Leaving Certificate, 1899
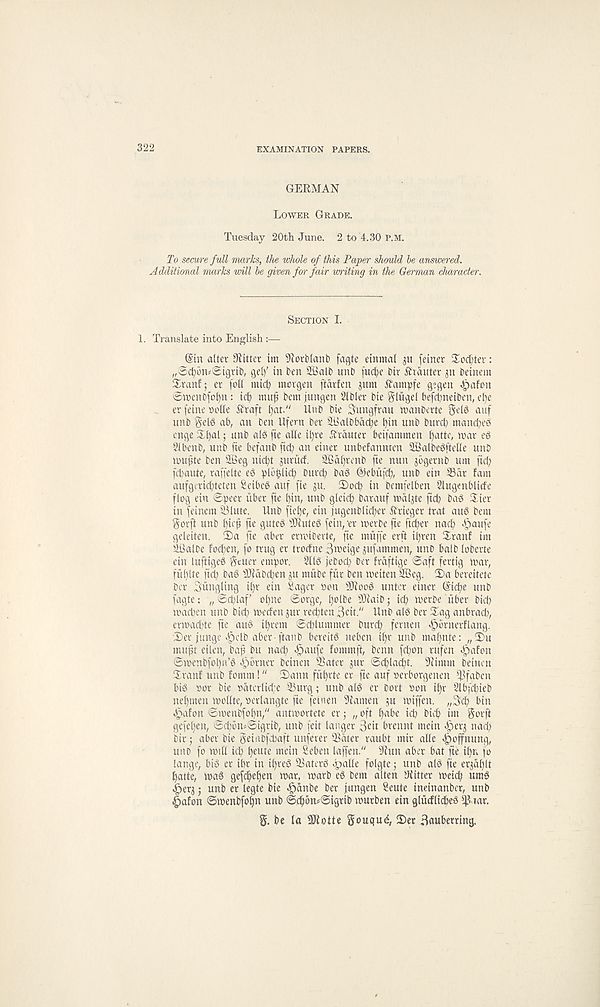
322
EXAMINATION PAPERS.
GERMAN
LOWER GRADE.
Tuesday 20th June. 2 to 4.30 P.M.
To secure full marks, the whole of this Paper should be answered.
Additional marks will be given for fair writing in the German character.
SECTION I.
1. Translate into English :—
(Sin alter fitter tm 9torblanb fagte etnmal ju fetner Softer:
„@cfyihR@tgrib, gel)' in ben SSalb unb fucfye bir ibiduter jn beinem
3^ranf; er foil mid) morgen ftdrfen jum ifampfe gegen «§afon
©menbfo^n: id) muf bem jungen Slbler bie Sditgel befct)neiben, el)e
er feine nolle ftraft l)at." Uub bie Jungfrau manbcrte gel6 auf
unb §el6 ab, an ben Ufem ber SBalbbactye f)in unb burcb mancfyeS
enge S^al; unb al^ fie alle il)re Rrduter beifammen Ifatte, mar eg
Slbenb, unb fie befanb fi(^ an einer unbelannten 2Balbegftelle unb
mupte ben 2Beg nid)t jurud. 2Sdl)renb fie nun jbgernb urn fid)
fd)aute, raffelte eS plo^lid) bur^ bag @ebufd), unb ein SSdr fam
aufgerid^teten Seibeg auf fie $u. 3)ocb in bemfelben Slugenblicfe
flog ein ©peer liber fie pin, unb gleicf) barauf mdl^te fid) bag Xier
in feinem 33lute. Unb fiel)e, ein )ugenblid)er ftrieget trat aug bem
gorft unb £)ie^ fie guteg ^Jiuteg fein, 'er merbe fie ficper nad) «§aufe
geleiten. 2)a fie aber erroiberte, fie muffe erft ipren Xranf im
iGalbe fodpen, fo trug er trotfne
jufammen, unb balb loberte
ein luftigeg ^tuer empor. Sllg jebod) ber frdftige ©aft fertig mar,
fut)lfe fid) bag s Jlldbcben ju mube fur ben meiten 2Beg. IDa bereitete
ber bungling il)r ein Sager non s Dioog unter einer (Sicpe unb
fagte: „ ©d)laf offne ©orge, l)olbe )9iaib,• icp merbe iiber bid)
macben unb bid) med'en ^ur recpten S^it." Unb alg ber JXag anbrad),
ermadfte fie aug i^rem ©cplummer burcp fernen ^brnerflang.
©er junge e^elb aber -ftanb bereitg neben if)r unb ma^nte: „©u
outfit eilen, baf bu nad) <£)aufe fommft, benn fdion rufen «£>afon
©menbfoljn’g Corner beinen 95 a ter jur ©t^ladsi. 9iimm beiuen
©ranf unb fomm! “ ©ann fiifjrte er fie auf nerborgenen ^fgben
big nor bie ndterlid;e 93urg; unb alg er bort non it)r Slbicpieb
ne^men mollte, nerlangte fie fetnen 9iamen $u miffen.
bin
^afon ©menbfopn," antmortete er; „ oft l)abe icp bicb im gorft
gefef)en, ©d)btu©igribr unb feit langer
brennt mein <g)eq nad)
bir; aber bie geiabfcbaft unferer 95dter raubt mir alle .fpoffnung,
uno fo mill id) f)eute mein Seben laffen." Jiun aber bat fie ipn fo
lange, big er ibr in if)reg 95aterg ^alle folgte; unb alg fie erjd^lt
l)atte, mag gefc^eljen mar, marb eg bem alten Jiitter meicb umg
«g)erj j unb er legte bie ^dnbe ber fungen Seute ineinanber, unb
^afon ©menbfo^n unb ©djon*©igrib murben ein gtiidli^eg d? iat.
§. be la 3Jlotte gouqu^, ©er Baubmdmj.